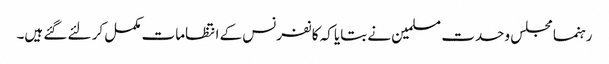
رہنما مجلس وحدت مسلمین نے بتایا کہ کانفرنس کے انتظامات مکمل کر لئے گئے ہیں۔